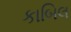
કાબિલ